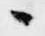
々